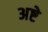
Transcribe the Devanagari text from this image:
अष्टे